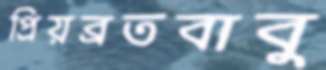
প্রিয়ব্রতবাবু